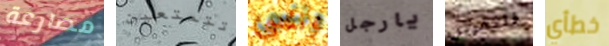
مصارعة تتمتعين وننسى يارجل للتمرين خطأي